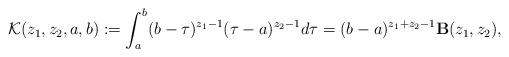
LaTeX: \begin{align*}\displaystyle \mathcal K(z_1,z_2,a,b):=\displaystyle \int_{a}^{b} (b-\tau)^{z_1-1}(\tau-a)^{z_2-1}d\tau =(b-a)^{z_1+z_2-1} {\bf B}(z_1,z_2), \end{align*}